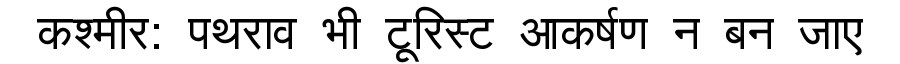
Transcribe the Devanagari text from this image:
कश्मीर: पथराव भी टूरिस्ट आकर्षण न बन जाए